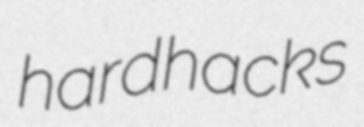
hardhacks